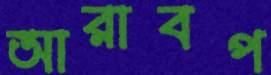
আরাবপ